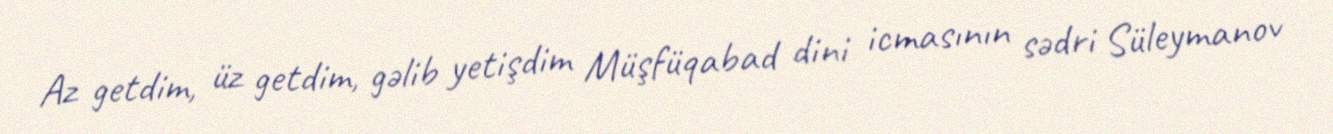
Az getdim, üz getdim, gəlib yetişdim Müşfüqabad dini icmasının sədri Süleymanov